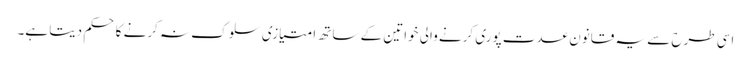
اسی طرح سے یہ قانون عدت پوری کرنے والی خواتین کے ساتھ امتیازی سلوک نہ کرنے کا حکم دیتا ہے۔